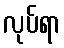
လုပ်ရာ